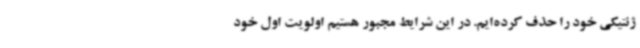
ژنتیکی خود را حذف کرده‌ایم. در این شرایط مجبور هستیم اولویت اول خود